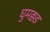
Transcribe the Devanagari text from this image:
घुमक्कड